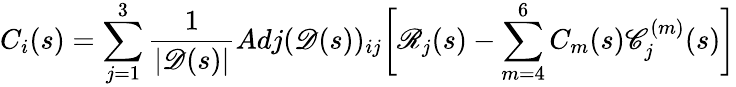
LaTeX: C_{i}(s)=\sum_{j=1}^{3}\frac{1}{|\mathscr{D}(s)|}Adj(\mathscr{D}(s))_{ij}\bigg[\mathscr{R}_{j}(s)-\sum_{m=4}^{6}C_{m}(s)\mathscr{C}_{j}^{(m)}(s)\bigg]